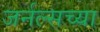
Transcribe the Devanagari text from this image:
जर्नल्सच्या